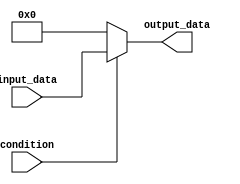
module conditional_assignment
(
    input [7:0] input_data,
    input condition,
    output reg [7:0] output_data
);

always @(input_data, condition) begin
    if (condition) begin
        output_data <= input_data;
    end else begin
        output_data <= 8'b00000000;
    end
end

endmodule